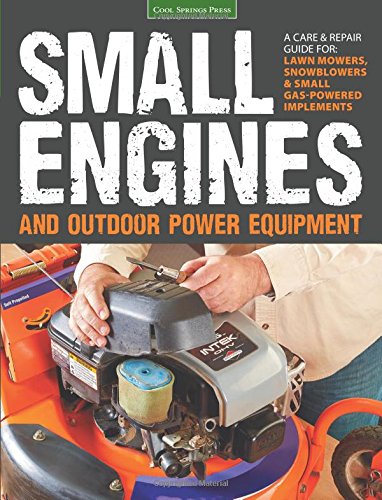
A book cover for Small Engines and Outdoor Power Equipment: A Care & Repair Guide for: Lawn Mowers, Snowblowers & Small Gas-Powered Imple; Engineering & Transportation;